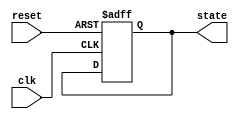
module DefaultStateInitialization (
    input wire clk,         // Clock signal
    input wire reset,       // Active-high reset signal
    output reg [7:0] state  // State output (example: 8-bit state register)
);

// State register initialization values
localparam DEFAULT_STATE = 8'h00; // Example default state value

// Sequential logic for state initialization and normal operation
always @(posedge clk or posedge reset) begin
    if (reset) begin
        // Initialize state registers on reset
        state <= DEFAULT_STATE; // Assign default state
    end else begin
        // Normal operation logic goes here
        // Example: state <= state + 1; // Increment state for demonstration
    end
end

endmodule